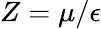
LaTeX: Z=\mu/\epsilon